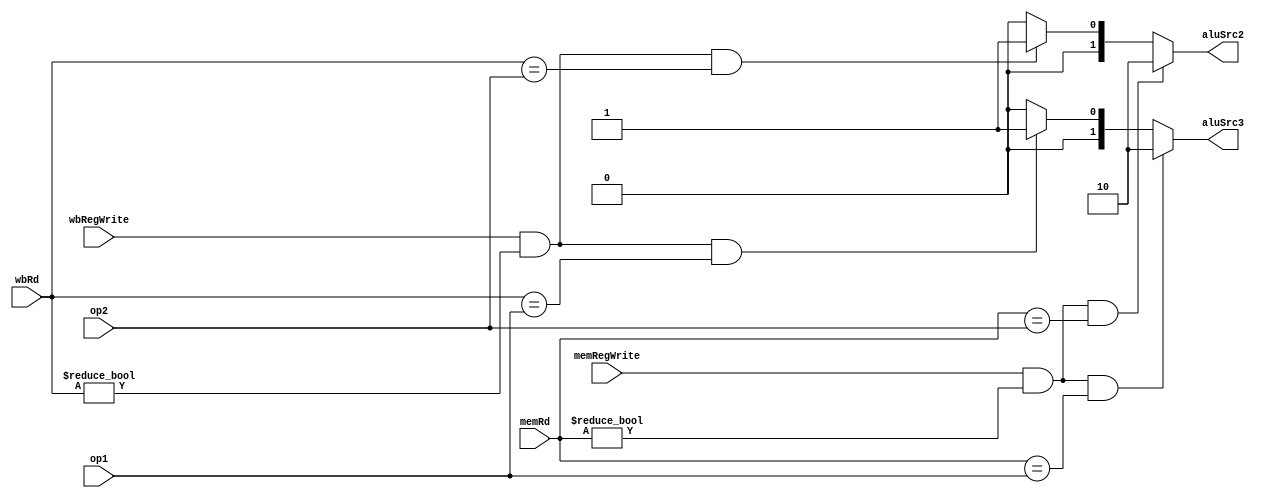
module registerForward(input [3:0] op1, op2, memRd, wbRd, input memRegWrite, wbRegWrite, output reg [1:0] aluSrc2, aluSrc3);
	always @ (*) begin
		aluSrc2<= 2'b00;
		aluSrc3 <= 2'b00;

		if (memRegWrite & memRd != 0 & memRd == op1)
			aluSrc3 <= 2'b10;
		else if (wbRegWrite & wbRd != 0 & wbRd == op1) 
			aluSrc3 <= 2'b01;

		if (memRegWrite & memRd != 0 & memRd == op2) 
			aluSrc2 <= 2'b10;
		else if (wbRegWrite & wbRd != 0 & wbRd == op2) 
			aluSrc2 <= 2'b01;
	end

endmodule